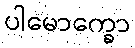
ပါမောက္ခော